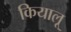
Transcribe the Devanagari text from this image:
कियालू